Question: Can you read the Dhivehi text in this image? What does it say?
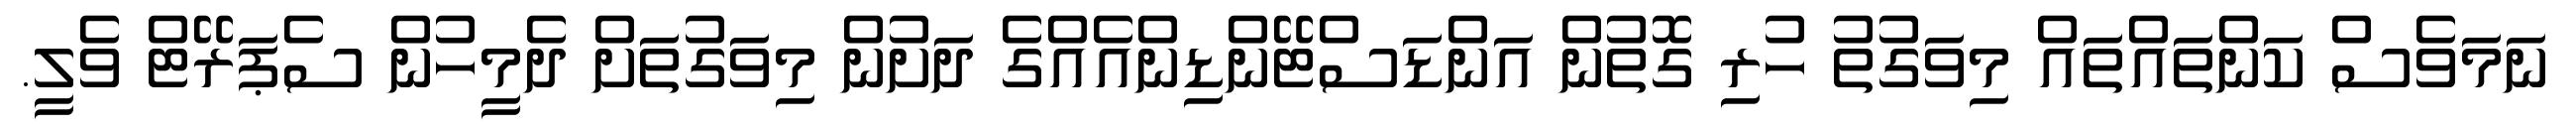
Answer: ނަމަވެސް ކަންތައްތައް މިވަގުތު ހުރި ގޮތުން އަންޑަސްޓޭންޑިންއެއްގެ ދަށުން މިވަގުތަށް ދެމީހުން ސެޕަރޭޓް ވެލީ.